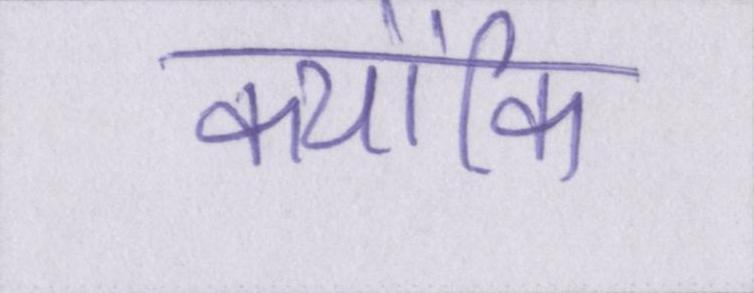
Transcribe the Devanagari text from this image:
क्योंकि